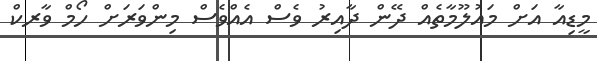
މީޑިއާ އަށް މައުލޫމާތެއް ދޭން ދާއިރު ވެސް އެއްވެސް މިންވަރަަށް ހޯމް ވާރކް